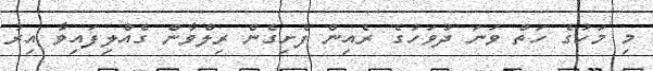
މި މަހުގެ ހަތް ވަނަ ދުވަހުގެ ރެއިން ފެށިގެން ރިލްވާން ގެއްލިފައިވާ އިރު